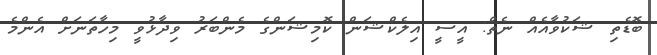
ބޮޑެތި ޝަކުވާއެއް ނެތް: އީސީ އިލެކްޝަން ކޮމިޝަންގެ މެންބަރު ވިދާޅުވީ މިހާތަނަށް އެންމެ